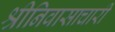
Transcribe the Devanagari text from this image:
श्रीनिवासाचारी